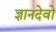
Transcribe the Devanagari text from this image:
ज्ञानदेवो